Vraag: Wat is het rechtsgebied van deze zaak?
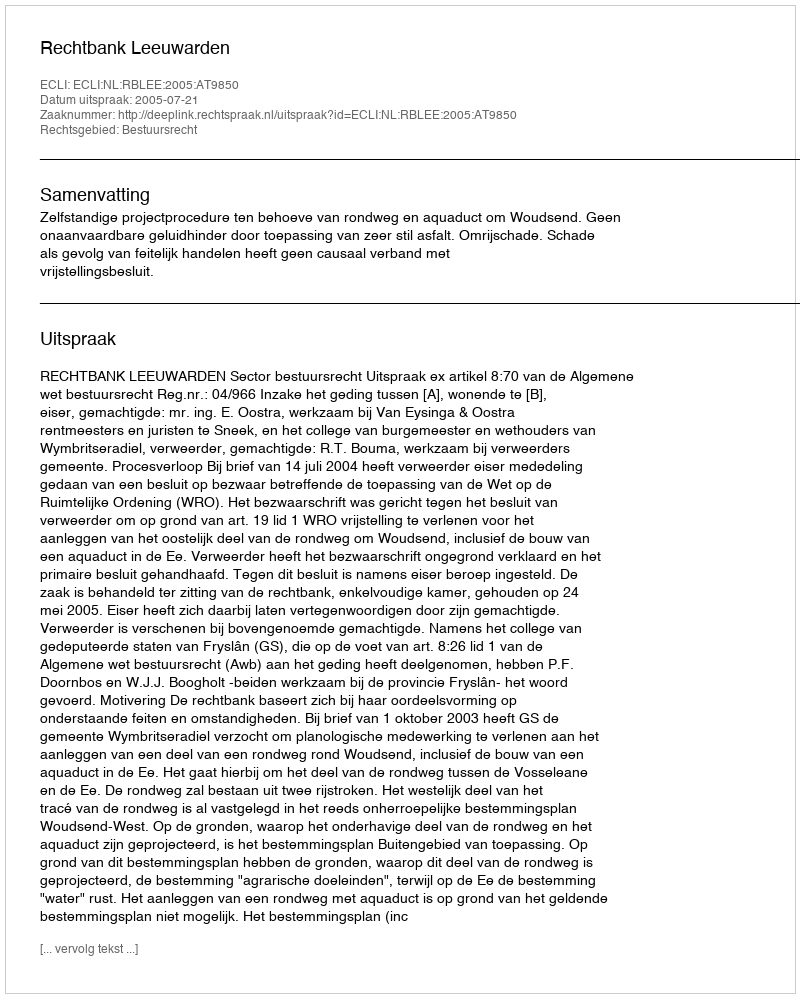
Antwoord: Bestuursrecht